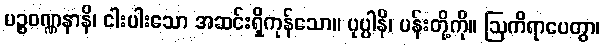
ပဉ္စဝဏ္ဏနာနိ၊ ငါးပါးသော အဆင်းရှိကုန်သော။ ပုပ္ပါနိ၊ ပန်းတို့ကို။ ဩကိရာပေတွာ၊